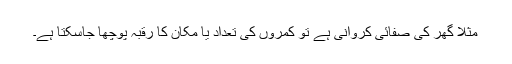
مثلاً گھر کی صفائی کروانی ہے تو کمروں کی تعداد یا مکان کا رقبہ پوچھا جاسکتا ہے۔